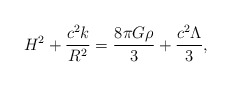
\begin{align*}H^2+\frac{c^2k}{R^2}=\frac{8\pi G\rho}{3}+\frac{c^2\Lambda}{3},\end{align*}